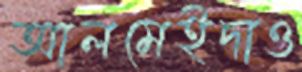
আলমেইদাও